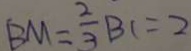
B M = \frac { 2 } { 3 } B C = 2